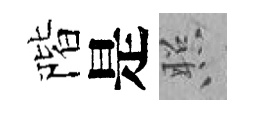
階是照